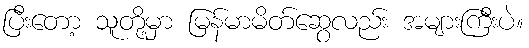
ပြီးတော့ သူတို့မှာ မြန်မာမိတ်ဆွေလည်း အများကြီးပဲ။